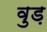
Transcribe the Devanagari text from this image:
वुड़